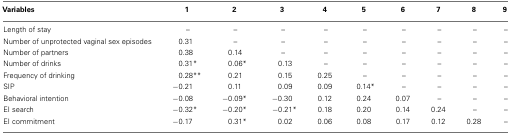
<table><thead><tr><td><b>Variables</b></td><td><b>1</b></td><td><b>2</b></td><td><b>3</b></td><td><b>4</b></td><td><b>5</b></td><td><b>6</b></td><td><b>7</b></td><td><b>8</b></td><td><b>9</b></td></tr></thead><tbody><tr><td>Length of stay</td><td>–</td><td>–</td><td>–</td><td>–</td><td>–</td><td>–</td><td>–</td><td>–</td><td>–</td></tr><tr><td>Number of unprotected vaginal sex episodes</td><td>0.31</td><td>–</td><td>–</td><td>–</td><td>–</td><td>–</td><td>–</td><td>–</td><td>–</td></tr><tr><td>Number of partners</td><td>0.38</td><td>0.14</td><td>–</td><td>–</td><td>–</td><td>–</td><td>–</td><td>–</td><td>–</td></tr><tr><td>Number of drinks</td><td>0.31*</td><td>0.06*</td><td>0.13</td><td>–</td><td>–</td><td>–</td><td>–</td><td>–</td><td>–</td></tr><tr><td>Frequency of drinking</td><td>0.28**</td><td>0.21</td><td>0.15</td><td>0.25</td><td>–</td><td>–</td><td>–</td><td>–</td><td>–</td></tr><tr><td>SIP</td><td>−0.21</td><td>0.11</td><td>0.09</td><td>0.09</td><td> 0.14*</td><td>–</td><td>–</td><td>–</td><td>–</td></tr><tr><td>Behavioral intention</td><td>−0.08</td><td>−0.09*</td><td>−0.30</td><td>0.12</td><td>0.24</td><td>0.07</td><td>–</td><td>–</td><td>–</td></tr><tr><td>EI search</td><td>−0.32*</td><td>−0.20*</td><td>−0.21*</td><td>0.18</td><td>0.20</td><td>0.14</td><td>0.24</td><td>–</td><td>–</td></tr><tr><td>EI commitment</td><td>−0.17</td><td>0.31*</td><td>0.02</td><td>0.06</td><td>0.08</td><td>0.17</td><td>0.12</td><td>0.28</td><td>–</td></tr></tbody></table>